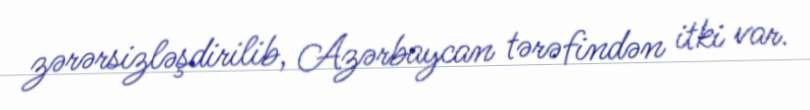
zərərsizləşdirilib, Azərbaycan tərəfindən itki var.